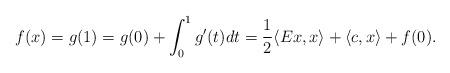
LaTeX: \begin{align*}f(x)=g(1)=g(0)+\int_{0}^1 g'(t)dt=\frac{1}{2} \langle Ex, x\rangle+\langle c,x\rangle+f(0).\end{align*}